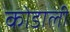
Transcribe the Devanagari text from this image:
कोडाली